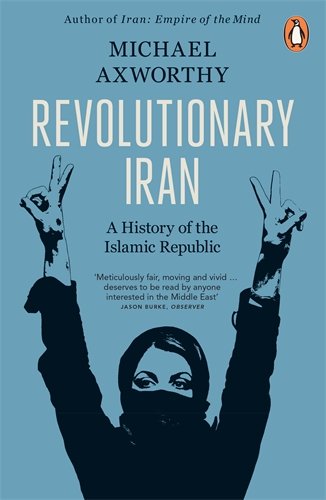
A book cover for Revolutionary Iran: A History Of The Islamic Republic; Michael Axworthy; History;